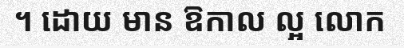
។ ដោយ មាន ឱកាល ល្អ លោក